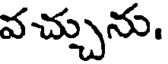
వచ్చును.